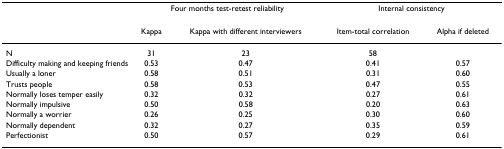
<table><thead><tr><td></td><td colspan="2"><b>Four months test-retest reliability</b></td><td colspan="2"><b>Internal consistency</b></td></tr></thead><tbody><tr><td></td><td>Kappa</td><td>Kappa with different interviewers</td><td>Item-total correlation</td><td>Alpha if deleted</td></tr><tr><td>N</td><td>31</td><td>23</td><td>58</td><td></td></tr><tr><td>Difficulty making and keeping friends</td><td>0.53</td><td>0.47</td><td>0.41</td><td>0.57</td></tr><tr><td>Usually a loner</td><td>0.58</td><td>0.51</td><td>0.31</td><td>0.60</td></tr><tr><td>Trusts people</td><td>0.58</td><td>0.53</td><td>0.47</td><td>0.55</td></tr><tr><td>Normally loses temper easily</td><td>0.32</td><td>0.32</td><td>0.27</td><td>0.61</td></tr><tr><td>Normally impulsive</td><td>0.50</td><td>0.58</td><td>0.20</td><td>0.63</td></tr><tr><td>Normally a worrier</td><td>0.26</td><td>0.25</td><td>0.30</td><td>0.60</td></tr><tr><td>Normally dependent</td><td>0.32</td><td>0.27</td><td>0.35</td><td>0.59</td></tr><tr><td>Perfectionist</td><td>0.50</td><td>0.57</td><td>0.29</td><td>0.61</td></tr></tbody></table>